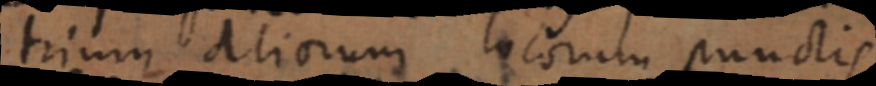
trium aliorum locorum punctis